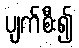
ပျက်စီး၍